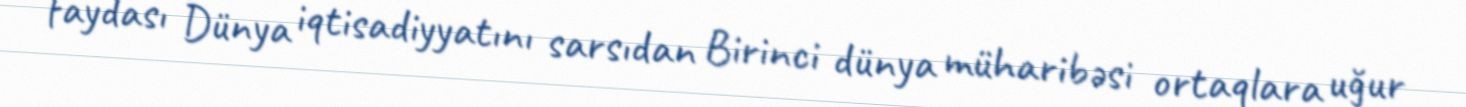
faydası Dünya iqtisadiyyatını sarsıdan Birinci dünya müharibəsi ortaqlara uğur